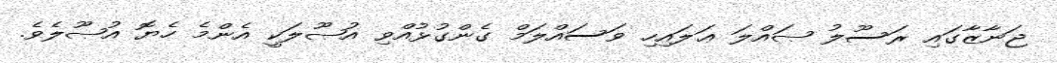
ޖަނާޒާގައި ރަސޫލު ޞައްލަ ޢަލައިހި ވަސައްލަމް ގެންގުޅުއްވި އުޞޫލަކީ އެންމެ ހެޔޮ އުޞޫލެވެ.